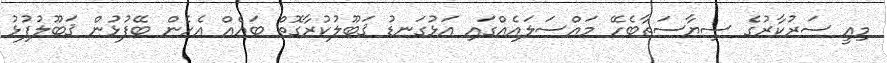
މިއީ ސަރުކާރުގެ ސިޔާސަތާބެހޭ މައްސަލައެއްގައި އަޅުގަނޑު ޤަބޫލުކުރާގޮތް ބައެއް އެހެން ބޭފުޅުން ޤަބޫލުފުޅު